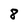
Character: 8